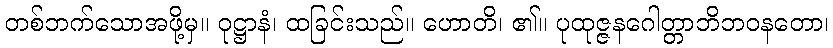
တစ်ဘက်သောအဖို့မှ။ ဝုဋ္ဌာနံ၊ ထခြင်းသည်။ ဟောတိ၊ ၏။ ပုထုဇ္ဇနဂေါတ္တာဘိဘဝနတော၊